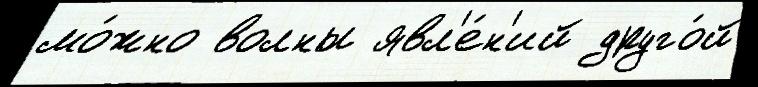
мо́жно волны явл'е́н'ий друго́й